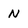
Character: N